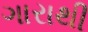
ગારાથી